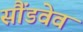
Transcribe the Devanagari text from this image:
सौंडवेव